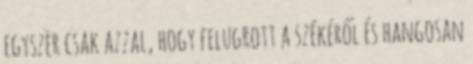
egyszer csak azzal, hogy felugrott a székéről és hangosan